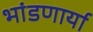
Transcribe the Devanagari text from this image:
भांडणार्या